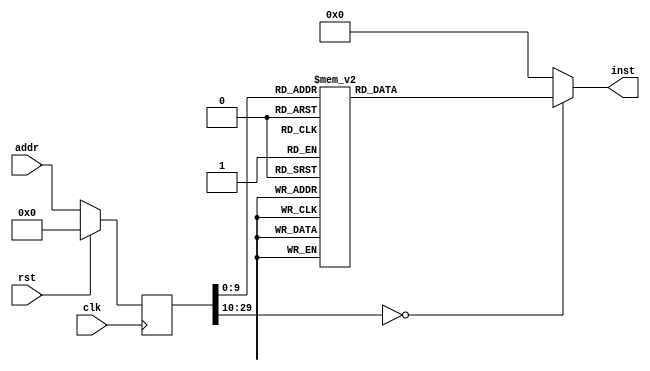
module mmult(input clk, input rst, input [29:0] addr, output reg [31:0] inst);
reg [29:0] addr_r;
always @(posedge clk)
begin
addr_r <= (rst) ? (30'b0) : (addr);
end
always @(*)
begin
case(addr_r)
30'h00000000: inst = 32'h37070110;
30'h00000001: inst = 32'hef00105b;
30'h00000002: inst = 32'h130707fd;
30'h00000003: inst = 32'h23262702;
30'h00000004: inst = 32'h13010703;
30'h00000005: inst = 32'h232e21fd;
30'h00000006: inst = 32'ha30701fe;
30'h00000007: inst = 32'h232401fe;
30'h00000008: inst = 32'h6f000008;
30'h00000009: inst = 32'h8328c1fd;
30'h0000000a: inst = 32'h032881fe;
30'h0000000b: inst = 32'h33880801;
30'h0000000c: inst = 32'h83480800;
30'h0000000d: inst = 32'h1308f002;
30'h0000000e: inst = 32'h637e1805;
30'h0000000f: inst = 32'h8328c1fd;
30'h00000010: inst = 32'h032881fe;
30'h00000011: inst = 32'h33880801;
30'h00000012: inst = 32'h83480800;
30'h00000013: inst = 32'h13089003;
30'h00000014: inst = 32'h63621805;
30'h00000015: inst = 32'h0348f1fe;
30'h00000016: inst = 32'h13183800;
30'h00000017: inst = 32'h9378f80f;
30'h00000018: inst = 32'h0348f1fe;
30'h00000019: inst = 32'h13181800;
30'h0000001a: inst = 32'h1378f80f;
30'h0000001b: inst = 32'h33880801;
30'h0000001c: inst = 32'h9378f80f;
30'h0000001d: inst = 32'h0329c1fd;
30'h0000001e: inst = 32'h032881fe;
30'h0000001f: inst = 32'h33080901;
30'h00000020: inst = 32'h03480800;
30'h00000021: inst = 32'h33880801;
30'h00000022: inst = 32'h1378f80f;
30'h00000023: inst = 32'h130808fd;
30'h00000024: inst = 32'ha30701ff;
30'h00000025: inst = 32'h032881fe;
30'h00000026: inst = 32'h13081800;
30'h00000027: inst = 32'h232401ff;
30'h00000028: inst = 32'h832881fe;
30'h00000029: inst = 32'h13082000;
30'h0000002a: inst = 32'h636c1801;
30'h0000002b: inst = 32'h8328c1fd;
30'h0000002c: inst = 32'h032881fe;
30'h0000002d: inst = 32'h33880801;
30'h0000002e: inst = 32'h03480800;
30'h0000002f: inst = 32'he31408f6;
30'h00000030: inst = 32'h0348f1fe;
30'h00000031: inst = 32'h0321c702;
30'h00000032: inst = 32'h13070703;
30'h00000033: inst = 32'h67800000;
30'h00000034: inst = 32'h130707fd;
30'h00000035: inst = 32'h23262702;
30'h00000036: inst = 32'h13010703;
30'h00000037: inst = 32'h232e21fd;
30'h00000038: inst = 32'h231701fe;
30'h00000039: inst = 32'h232401fe;
30'h0000003a: inst = 32'h6f000009;
30'h0000003b: inst = 32'h8328c1fd;
30'h0000003c: inst = 32'h032881fe;
30'h0000003d: inst = 32'h33880801;
30'h0000003e: inst = 32'h83480800;
30'h0000003f: inst = 32'h1308f002;
30'h00000040: inst = 32'h63761807;
30'h00000041: inst = 32'h8328c1fd;
30'h00000042: inst = 32'h032881fe;
30'h00000043: inst = 32'h33880801;
30'h00000044: inst = 32'h83480800;
30'h00000045: inst = 32'h13089003;
30'h00000046: inst = 32'h636a1805;
30'h00000047: inst = 32'h0358e1fe;
30'h00000048: inst = 32'h13183800;
30'h00000049: inst = 32'h93180801;
30'h0000004a: inst = 32'h93d80801;
30'h0000004b: inst = 32'h0358e1fe;
30'h0000004c: inst = 32'h13181800;
30'h0000004d: inst = 32'h13180801;
30'h0000004e: inst = 32'h13580801;
30'h0000004f: inst = 32'h33880801;
30'h00000050: inst = 32'h93180801;
30'h00000051: inst = 32'h93d80801;
30'h00000052: inst = 32'h0329c1fd;
30'h00000053: inst = 32'h032881fe;
30'h00000054: inst = 32'h33080901;
30'h00000055: inst = 32'h03480800;
30'h00000056: inst = 32'h33880801;
30'h00000057: inst = 32'h13180801;
30'h00000058: inst = 32'h13580801;
30'h00000059: inst = 32'h130808fd;
30'h0000005a: inst = 32'h231701ff;
30'h0000005b: inst = 32'h032881fe;
30'h0000005c: inst = 32'h13081800;
30'h0000005d: inst = 32'h232401ff;
30'h0000005e: inst = 32'h832881fe;
30'h0000005f: inst = 32'h13084000;
30'h00000060: inst = 32'h636c1801;
30'h00000061: inst = 32'h8328c1fd;
30'h00000062: inst = 32'h032881fe;
30'h00000063: inst = 32'h33880801;
30'h00000064: inst = 32'h03480800;
30'h00000065: inst = 32'he31c08f4;
30'h00000066: inst = 32'h0358e1fe;
30'h00000067: inst = 32'h0321c702;
30'h00000068: inst = 32'h13070703;
30'h00000069: inst = 32'h67800000;
30'h0000006a: inst = 32'h130707fd;
30'h0000006b: inst = 32'h23262702;
30'h0000006c: inst = 32'h13010703;
30'h0000006d: inst = 32'h232e21fd;
30'h0000006e: inst = 32'h232601fe;
30'h0000006f: inst = 32'h232401fe;
30'h00000070: inst = 32'h6f000007;
30'h00000071: inst = 32'h8328c1fd;
30'h00000072: inst = 32'h032881fe;
30'h00000073: inst = 32'h33880801;
30'h00000074: inst = 32'h83480800;
30'h00000075: inst = 32'h1308f002;
30'h00000076: inst = 32'h63761805;
30'h00000077: inst = 32'h8328c1fd;
30'h00000078: inst = 32'h032881fe;
30'h00000079: inst = 32'h33880801;
30'h0000007a: inst = 32'h83480800;
30'h0000007b: inst = 32'h13089003;
30'h0000007c: inst = 32'h636a1803;
30'h0000007d: inst = 32'h0328c1fe;
30'h0000007e: inst = 32'h93183800;
30'h0000007f: inst = 32'h0328c1fe;
30'h00000080: inst = 32'h13181800;
30'h00000081: inst = 32'hb3880801;
30'h00000082: inst = 32'h0329c1fd;
30'h00000083: inst = 32'h032881fe;
30'h00000084: inst = 32'h33080901;
30'h00000085: inst = 32'h03480800;
30'h00000086: inst = 32'h33880801;
30'h00000087: inst = 32'h130808fd;
30'h00000088: inst = 32'h232601ff;
30'h00000089: inst = 32'h032881fe;
30'h0000008a: inst = 32'h13081800;
30'h0000008b: inst = 32'h232401ff;
30'h0000008c: inst = 32'h832881fe;
30'h0000008d: inst = 32'h13088000;
30'h0000008e: inst = 32'h636c1801;
30'h0000008f: inst = 32'h8328c1fd;
30'h00000090: inst = 32'h032881fe;
30'h00000091: inst = 32'h33880801;
30'h00000092: inst = 32'h03480800;
30'h00000093: inst = 32'he31c08f6;
30'h00000094: inst = 32'h0328c1fe;
30'h00000095: inst = 32'h0321c702;
30'h00000096: inst = 32'h13070703;
30'h00000097: inst = 32'h67800000;
30'h00000098: inst = 32'h130707fd;
30'h00000099: inst = 32'h23262702;
30'h0000009a: inst = 32'h13010703;
30'h0000009b: inst = 32'h232e21fd;
30'h0000009c: inst = 32'ha30701fe;
30'h0000009d: inst = 32'h230701fe;
30'h0000009e: inst = 32'h6f004012;
30'h0000009f: inst = 32'h0348e1fe;
30'h000000a0: inst = 32'h8328c1fd;
30'h000000a1: inst = 32'h33880801;
30'h000000a2: inst = 32'h83480800;
30'h000000a3: inst = 32'h1308f002;
30'h000000a4: inst = 32'h63741805;
30'h000000a5: inst = 32'h0348e1fe;
30'h000000a6: inst = 32'h8328c1fd;
30'h000000a7: inst = 32'h33880801;
30'h000000a8: inst = 32'h83480800;
30'h000000a9: inst = 32'h13089003;
30'h000000aa: inst = 32'h63681803;
30'h000000ab: inst = 32'h0348f1fe;
30'h000000ac: inst = 32'h13184800;
30'h000000ad: inst = 32'h9378f80f;
30'h000000ae: inst = 32'h0348e1fe;
30'h000000af: inst = 32'h0329c1fd;
30'h000000b0: inst = 32'h33080901;
30'h000000b1: inst = 32'h03480800;
30'h000000b2: inst = 32'h33880801;
30'h000000b3: inst = 32'h1378f80f;
30'h000000b4: inst = 32'h130808fd;
30'h000000b5: inst = 32'ha30701ff;
30'h000000b6: inst = 32'h0348e1fe;
30'h000000b7: inst = 32'h8328c1fd;
30'h000000b8: inst = 32'h33880801;
30'h000000b9: inst = 32'h83480800;
30'h000000ba: inst = 32'h13080006;
30'h000000bb: inst = 32'h63741805;
30'h000000bc: inst = 32'h0348e1fe;
30'h000000bd: inst = 32'h8328c1fd;
30'h000000be: inst = 32'h33880801;
30'h000000bf: inst = 32'h83480800;
30'h000000c0: inst = 32'h13086006;
30'h000000c1: inst = 32'h63681803;
30'h000000c2: inst = 32'h0348f1fe;
30'h000000c3: inst = 32'h13184800;
30'h000000c4: inst = 32'h9378f80f;
30'h000000c5: inst = 32'h0348e1fe;
30'h000000c6: inst = 32'h0329c1fd;
30'h000000c7: inst = 32'h33080901;
30'h000000c8: inst = 32'h03480800;
30'h000000c9: inst = 32'h33880801;
30'h000000ca: inst = 32'h1378f80f;
30'h000000cb: inst = 32'h130898fa;
30'h000000cc: inst = 32'ha30701ff;
30'h000000cd: inst = 32'h0348e1fe;
30'h000000ce: inst = 32'h8328c1fd;
30'h000000cf: inst = 32'h33880801;
30'h000000d0: inst = 32'h83480800;
30'h000000d1: inst = 32'h13080004;
30'h000000d2: inst = 32'h63741805;
30'h000000d3: inst = 32'h0348e1fe;
30'h000000d4: inst = 32'h8328c1fd;
30'h000000d5: inst = 32'h33880801;
30'h000000d6: inst = 32'h83480800;
30'h000000d7: inst = 32'h13086004;
30'h000000d8: inst = 32'h63681803;
30'h000000d9: inst = 32'h0348f1fe;
30'h000000da: inst = 32'h13184800;
30'h000000db: inst = 32'h9378f80f;
30'h000000dc: inst = 32'h0348e1fe;
30'h000000dd: inst = 32'h0329c1fd;
30'h000000de: inst = 32'h33080901;
30'h000000df: inst = 32'h03480800;
30'h000000e0: inst = 32'h33880801;
30'h000000e1: inst = 32'h1378f80f;
30'h000000e2: inst = 32'h130898fc;
30'h000000e3: inst = 32'ha30701ff;
30'h000000e4: inst = 32'h0348e1fe;
30'h000000e5: inst = 32'h13081800;
30'h000000e6: inst = 32'h230701ff;
30'h000000e7: inst = 32'h8348e1fe;
30'h000000e8: inst = 32'h13081000;
30'h000000e9: inst = 32'h636c1801;
30'h000000ea: inst = 32'h0348e1fe;
30'h000000eb: inst = 32'h8328c1fd;
30'h000000ec: inst = 32'h33880801;
30'h000000ed: inst = 32'h03480800;
30'h000000ee: inst = 32'he31208ec;
30'h000000ef: inst = 32'h0348f1fe;
30'h000000f0: inst = 32'h0321c702;
30'h000000f1: inst = 32'h13070703;
30'h000000f2: inst = 32'h67800000;
30'h000000f3: inst = 32'h130707fd;
30'h000000f4: inst = 32'h23262702;
30'h000000f5: inst = 32'h13010703;
30'h000000f6: inst = 32'h232e21fd;
30'h000000f7: inst = 32'h231701fe;
30'h000000f8: inst = 32'h231601fe;
30'h000000f9: inst = 32'h6f00c013;
30'h000000fa: inst = 32'h0358c1fe;
30'h000000fb: inst = 32'h8328c1fd;
30'h000000fc: inst = 32'h33880801;
30'h000000fd: inst = 32'h83480800;
30'h000000fe: inst = 32'h1308f002;
30'h000000ff: inst = 32'h63781805;
30'h00000100: inst = 32'h0358c1fe;
30'h00000101: inst = 32'h8328c1fd;
30'h00000102: inst = 32'h33880801;
30'h00000103: inst = 32'h83480800;
30'h00000104: inst = 32'h13089003;
30'h00000105: inst = 32'h636c1803;
30'h00000106: inst = 32'h0358e1fe;
30'h00000107: inst = 32'h13184800;
30'h00000108: inst = 32'h93180801;
30'h00000109: inst = 32'h93d80801;
30'h0000010a: inst = 32'h0358c1fe;
30'h0000010b: inst = 32'h0329c1fd;
30'h0000010c: inst = 32'h33080901;
30'h0000010d: inst = 32'h03480800;
30'h0000010e: inst = 32'h33880801;
30'h0000010f: inst = 32'h13180801;
30'h00000110: inst = 32'h13580801;
30'h00000111: inst = 32'h130808fd;
30'h00000112: inst = 32'h231701ff;
30'h00000113: inst = 32'h0358c1fe;
30'h00000114: inst = 32'h8328c1fd;
30'h00000115: inst = 32'h33880801;
30'h00000116: inst = 32'h83480800;
30'h00000117: inst = 32'h13080006;
30'h00000118: inst = 32'h63781805;
30'h00000119: inst = 32'h0358c1fe;
30'h0000011a: inst = 32'h8328c1fd;
30'h0000011b: inst = 32'h33880801;
30'h0000011c: inst = 32'h83480800;
30'h0000011d: inst = 32'h13086006;
30'h0000011e: inst = 32'h636c1803;
30'h0000011f: inst = 32'h0358e1fe;
30'h00000120: inst = 32'h13184800;
30'h00000121: inst = 32'h93180801;
30'h00000122: inst = 32'h93d80801;
30'h00000123: inst = 32'h0358c1fe;
30'h00000124: inst = 32'h0329c1fd;
30'h00000125: inst = 32'h33080901;
30'h00000126: inst = 32'h03480800;
30'h00000127: inst = 32'h33880801;
30'h00000128: inst = 32'h13180801;
30'h00000129: inst = 32'h13580801;
30'h0000012a: inst = 32'h130898fa;
30'h0000012b: inst = 32'h231701ff;
30'h0000012c: inst = 32'h0358c1fe;
30'h0000012d: inst = 32'h8328c1fd;
30'h0000012e: inst = 32'h33880801;
30'h0000012f: inst = 32'h83480800;
30'h00000130: inst = 32'h13080004;
30'h00000131: inst = 32'h63781805;
30'h00000132: inst = 32'h0358c1fe;
30'h00000133: inst = 32'h8328c1fd;
30'h00000134: inst = 32'h33880801;
30'h00000135: inst = 32'h83480800;
30'h00000136: inst = 32'h13086004;
30'h00000137: inst = 32'h636c1803;
30'h00000138: inst = 32'h0358e1fe;
30'h00000139: inst = 32'h13184800;
30'h0000013a: inst = 32'h93180801;
30'h0000013b: inst = 32'h93d80801;
30'h0000013c: inst = 32'h0358c1fe;
30'h0000013d: inst = 32'h0329c1fd;
30'h0000013e: inst = 32'h33080901;
30'h0000013f: inst = 32'h03480800;
30'h00000140: inst = 32'h33880801;
30'h00000141: inst = 32'h13180801;
30'h00000142: inst = 32'h13580801;
30'h00000143: inst = 32'h130898fc;
30'h00000144: inst = 32'h231701ff;
30'h00000145: inst = 32'h0358c1fe;
30'h00000146: inst = 32'h13081800;
30'h00000147: inst = 32'h231601ff;
30'h00000148: inst = 32'h8358c1fe;
30'h00000149: inst = 32'h13083000;
30'h0000014a: inst = 32'h636c1801;
30'h0000014b: inst = 32'h0358c1fe;
30'h0000014c: inst = 32'h8328c1fd;
30'h0000014d: inst = 32'h33880801;
30'h0000014e: inst = 32'h03480800;
30'h0000014f: inst = 32'he31608ea;
30'h00000150: inst = 32'h0358e1fe;
30'h00000151: inst = 32'h0321c702;
30'h00000152: inst = 32'h13070703;
30'h00000153: inst = 32'h67800000;
30'h00000154: inst = 32'h130707fd;
30'h00000155: inst = 32'h23262702;
30'h00000156: inst = 32'h13010703;
30'h00000157: inst = 32'h232e21fd;
30'h00000158: inst = 32'h232601fe;
30'h00000159: inst = 32'h232401fe;
30'h0000015a: inst = 32'h6f00c010;
30'h0000015b: inst = 32'h8328c1fd;
30'h0000015c: inst = 32'h032881fe;
30'h0000015d: inst = 32'h33880801;
30'h0000015e: inst = 32'h83480800;
30'h0000015f: inst = 32'h1308f002;
30'h00000160: inst = 32'h63701805;
30'h00000161: inst = 32'h8328c1fd;
30'h00000162: inst = 32'h032881fe;
30'h00000163: inst = 32'h33880801;
30'h00000164: inst = 32'h83480800;
30'h00000165: inst = 32'h13089003;
30'h00000166: inst = 32'h63641803;
30'h00000167: inst = 32'h0328c1fe;
30'h00000168: inst = 32'h93184800;
30'h00000169: inst = 32'h0329c1fd;
30'h0000016a: inst = 32'h032881fe;
30'h0000016b: inst = 32'h33080901;
30'h0000016c: inst = 32'h03480800;
30'h0000016d: inst = 32'h33880801;
30'h0000016e: inst = 32'h130808fd;
30'h0000016f: inst = 32'h232601ff;
30'h00000170: inst = 32'h8328c1fd;
30'h00000171: inst = 32'h032881fe;
30'h00000172: inst = 32'h33880801;
30'h00000173: inst = 32'h83480800;
30'h00000174: inst = 32'h13080006;
30'h00000175: inst = 32'h63701805;
30'h00000176: inst = 32'h8328c1fd;
30'h00000177: inst = 32'h032881fe;
30'h00000178: inst = 32'h33880801;
30'h00000179: inst = 32'h83480800;
30'h0000017a: inst = 32'h13086006;
30'h0000017b: inst = 32'h63641803;
30'h0000017c: inst = 32'h0328c1fe;
30'h0000017d: inst = 32'h93184800;
30'h0000017e: inst = 32'h0329c1fd;
30'h0000017f: inst = 32'h032881fe;
30'h00000180: inst = 32'h33080901;
30'h00000181: inst = 32'h03480800;
30'h00000182: inst = 32'h33880801;
30'h00000183: inst = 32'h130898fa;
30'h00000184: inst = 32'h232601ff;
30'h00000185: inst = 32'h8328c1fd;
30'h00000186: inst = 32'h032881fe;
30'h00000187: inst = 32'h33880801;
30'h00000188: inst = 32'h83480800;
30'h00000189: inst = 32'h13080004;
30'h0000018a: inst = 32'h63701805;
30'h0000018b: inst = 32'h8328c1fd;
30'h0000018c: inst = 32'h032881fe;
30'h0000018d: inst = 32'h33880801;
30'h0000018e: inst = 32'h83480800;
30'h0000018f: inst = 32'h13086004;
30'h00000190: inst = 32'h63641803;
30'h00000191: inst = 32'h0328c1fe;
30'h00000192: inst = 32'h93184800;
30'h00000193: inst = 32'h0329c1fd;
30'h00000194: inst = 32'h032881fe;
30'h00000195: inst = 32'h33080901;
30'h00000196: inst = 32'h03480800;
30'h00000197: inst = 32'h33880801;
30'h00000198: inst = 32'h130898fc;
30'h00000199: inst = 32'h232601ff;
30'h0000019a: inst = 32'h032881fe;
30'h0000019b: inst = 32'h13081800;
30'h0000019c: inst = 32'h232401ff;
30'h0000019d: inst = 32'h832881fe;
30'h0000019e: inst = 32'h13087000;
30'h0000019f: inst = 32'h636c1801;
30'h000001a0: inst = 32'h8328c1fd;
30'h000001a1: inst = 32'h032881fe;
30'h000001a2: inst = 32'h33880801;
30'h000001a3: inst = 32'h03480800;
30'h000001a4: inst = 32'he31e08ec;
30'h000001a5: inst = 32'h0328c1fe;
30'h000001a6: inst = 32'h0321c702;
30'h000001a7: inst = 32'h13070703;
30'h000001a8: inst = 32'h67800000;
30'h000001a9: inst = 32'h130707fd;
30'h000001aa: inst = 32'h23262702;
30'h000001ab: inst = 32'h13010703;
30'h000001ac: inst = 32'h13080900;
30'h000001ad: inst = 32'h232c31fd;
30'h000001ae: inst = 32'h232a41fd;
30'h000001af: inst = 32'ha30f01fd;
30'h000001b0: inst = 32'h232601fe;
30'h000001b1: inst = 32'h13082000;
30'h000001b2: inst = 32'h232401ff;
30'h000001b3: inst = 32'h6f004009;
30'h000001b4: inst = 32'h8348f1fd;
30'h000001b5: inst = 32'h032981fe;
30'h000001b6: inst = 32'h0328c1fe;
30'h000001b7: inst = 32'h33080941;
30'h000001b8: inst = 32'h1308f8ff;
30'h000001b9: inst = 32'h13182800;
30'h000001ba: inst = 32'h33d80841;
30'h000001bb: inst = 32'h1378f80f;
30'h000001bc: inst = 32'h1378f800;
30'h000001bd: inst = 32'ha30301ff;
30'h000001be: inst = 32'h834871fe;
30'h000001bf: inst = 32'h13089000;
30'h000001c0: inst = 32'h63601803;
30'h000001c1: inst = 32'h832881fd;
30'h000001c2: inst = 32'h0328c1fe;
30'h000001c3: inst = 32'h33880801;
30'h000001c4: inst = 32'h834871fe;
30'h000001c5: inst = 32'h93880803;
30'h000001c6: inst = 32'h93f8f80f;
30'h000001c7: inst = 32'h23001801;
30'h000001c8: inst = 32'h834871fe;
30'h000001c9: inst = 32'h13089000;
30'h000001ca: inst = 32'h63761803;
30'h000001cb: inst = 32'h834871fe;
30'h000001cc: inst = 32'h1308f000;
30'h000001cd: inst = 32'h63601803;
30'h000001ce: inst = 32'h832881fd;
30'h000001cf: inst = 32'h0328c1fe;
30'h000001d0: inst = 32'h33880801;
30'h000001d1: inst = 32'h834871fe;
30'h000001d2: inst = 32'h93887805;
30'h000001d3: inst = 32'h93f8f80f;
30'h000001d4: inst = 32'h23001801;
30'h000001d5: inst = 32'h0328c1fe;
30'h000001d6: inst = 32'h13081800;
30'h000001d7: inst = 32'h232601ff;
30'h000001d8: inst = 32'h8328c1fe;
30'h000001d9: inst = 32'h032881fe;
30'h000001da: inst = 32'h63fa0801;
30'h000001db: inst = 32'h0328c1fe;
30'h000001dc: inst = 32'h93081800;
30'h000001dd: inst = 32'h032841fd;
30'h000001de: inst = 32'he3ec08f5;
30'h000001df: inst = 32'h832881fd;
30'h000001e0: inst = 32'h0328c1fe;
30'h000001e1: inst = 32'h33880801;
30'h000001e2: inst = 32'h23000800;
30'h000001e3: inst = 32'h032881fd;
30'h000001e4: inst = 32'h0321c702;
30'h000001e5: inst = 32'h13070703;
30'h000001e6: inst = 32'h67800000;
30'h000001e7: inst = 32'h130707fd;
30'h000001e8: inst = 32'h23262702;
30'h000001e9: inst = 32'h13010703;
30'h000001ea: inst = 32'h13080900;
30'h000001eb: inst = 32'h232c31fd;
30'h000001ec: inst = 32'h232a41fd;
30'h000001ed: inst = 32'h231f01fd;
30'h000001ee: inst = 32'h232601fe;
30'h000001ef: inst = 32'h13084000;
30'h000001f0: inst = 32'h232401ff;
30'h000001f1: inst = 32'h6f004009;
30'h000001f2: inst = 32'h8358e1fd;
30'h000001f3: inst = 32'h032981fe;
30'h000001f4: inst = 32'h0328c1fe;
30'h000001f5: inst = 32'h33080941;
30'h000001f6: inst = 32'h1308f8ff;
30'h000001f7: inst = 32'h13182800;
30'h000001f8: inst = 32'h33d80841;
30'h000001f9: inst = 32'h1378f80f;
30'h000001fa: inst = 32'h1378f800;
30'h000001fb: inst = 32'ha30301ff;
30'h000001fc: inst = 32'h834871fe;
30'h000001fd: inst = 32'h13089000;
30'h000001fe: inst = 32'h63601803;
30'h000001ff: inst = 32'h832881fd;
30'h00000200: inst = 32'h0328c1fe;
30'h00000201: inst = 32'h33880801;
30'h00000202: inst = 32'h834871fe;
30'h00000203: inst = 32'h93880803;
30'h00000204: inst = 32'h93f8f80f;
30'h00000205: inst = 32'h23001801;
30'h00000206: inst = 32'h834871fe;
30'h00000207: inst = 32'h13089000;
30'h00000208: inst = 32'h63761803;
30'h00000209: inst = 32'h834871fe;
30'h0000020a: inst = 32'h1308f000;
30'h0000020b: inst = 32'h63601803;
30'h0000020c: inst = 32'h832881fd;
30'h0000020d: inst = 32'h0328c1fe;
30'h0000020e: inst = 32'h33880801;
30'h0000020f: inst = 32'h834871fe;
30'h00000210: inst = 32'h93887805;
30'h00000211: inst = 32'h93f8f80f;
30'h00000212: inst = 32'h23001801;
30'h00000213: inst = 32'h0328c1fe;
30'h00000214: inst = 32'h13081800;
30'h00000215: inst = 32'h232601ff;
30'h00000216: inst = 32'h8328c1fe;
30'h00000217: inst = 32'h032881fe;
30'h00000218: inst = 32'h63fa0801;
30'h00000219: inst = 32'h0328c1fe;
30'h0000021a: inst = 32'h93081800;
30'h0000021b: inst = 32'h032841fd;
30'h0000021c: inst = 32'he3ec08f5;
30'h0000021d: inst = 32'h832881fd;
30'h0000021e: inst = 32'h0328c1fe;
30'h0000021f: inst = 32'h33880801;
30'h00000220: inst = 32'h23000800;
30'h00000221: inst = 32'h032881fd;
30'h00000222: inst = 32'h0321c702;
30'h00000223: inst = 32'h13070703;
30'h00000224: inst = 32'h67800000;
30'h00000225: inst = 32'h130707fd;
30'h00000226: inst = 32'h23262702;
30'h00000227: inst = 32'h13010703;
30'h00000228: inst = 32'h232e21fd;
30'h00000229: inst = 32'h232c31fd;
30'h0000022a: inst = 32'h232a41fd;
30'h0000022b: inst = 32'h232601fe;
30'h0000022c: inst = 32'h13088000;
30'h0000022d: inst = 32'h232401ff;
30'h0000022e: inst = 32'h6f004009;
30'h0000022f: inst = 32'h832881fe;
30'h00000230: inst = 32'h0328c1fe;
30'h00000231: inst = 32'h33880841;
30'h00000232: inst = 32'h1308f8ff;
30'h00000233: inst = 32'h13182800;
30'h00000234: inst = 32'h8328c1fd;
30'h00000235: inst = 32'h33d80801;
30'h00000236: inst = 32'h1378f80f;
30'h00000237: inst = 32'h1378f800;
30'h00000238: inst = 32'ha30301ff;
30'h00000239: inst = 32'h834871fe;
30'h0000023a: inst = 32'h13089000;
30'h0000023b: inst = 32'h63601803;
30'h0000023c: inst = 32'h832881fd;
30'h0000023d: inst = 32'h0328c1fe;
30'h0000023e: inst = 32'h33880801;
30'h0000023f: inst = 32'h834871fe;
30'h00000240: inst = 32'h93880803;
30'h00000241: inst = 32'h93f8f80f;
30'h00000242: inst = 32'h23001801;
30'h00000243: inst = 32'h834871fe;
30'h00000244: inst = 32'h13089000;
30'h00000245: inst = 32'h63761803;
30'h00000246: inst = 32'h834871fe;
30'h00000247: inst = 32'h1308f000;
30'h00000248: inst = 32'h63601803;
30'h00000249: inst = 32'h832881fd;
30'h0000024a: inst = 32'h0328c1fe;
30'h0000024b: inst = 32'h33880801;
30'h0000024c: inst = 32'h834871fe;
30'h0000024d: inst = 32'h93887805;
30'h0000024e: inst = 32'h93f8f80f;
30'h0000024f: inst = 32'h23001801;
30'h00000250: inst = 32'h0328c1fe;
30'h00000251: inst = 32'h13081800;
30'h00000252: inst = 32'h232601ff;
30'h00000253: inst = 32'h8328c1fe;
30'h00000254: inst = 32'h032881fe;
30'h00000255: inst = 32'h63fa0801;
30'h00000256: inst = 32'h0328c1fe;
30'h00000257: inst = 32'h93081800;
30'h00000258: inst = 32'h032841fd;
30'h00000259: inst = 32'he3ec08f5;
30'h0000025a: inst = 32'h832881fd;
30'h0000025b: inst = 32'h0328c1fe;
30'h0000025c: inst = 32'h33880801;
30'h0000025d: inst = 32'h23000800;
30'h0000025e: inst = 32'h032881fd;
30'h0000025f: inst = 32'h0321c702;
30'h00000260: inst = 32'h13070703;
30'h00000261: inst = 32'h67800000;
30'h00000262: inst = 32'h130707f5;
30'h00000263: inst = 32'h2326170a;
30'h00000264: inst = 32'h2324270a;
30'h00000265: inst = 32'h1301070b;
30'h00000266: inst = 32'h232e21f5;
30'h00000267: inst = 32'h37080080;
30'h00000268: inst = 32'h13088801;
30'h00000269: inst = 32'h23200800;
30'h0000026a: inst = 32'h0328c1f5;
30'h0000026b: inst = 32'he7000800;
30'h0000026c: inst = 32'h232601ff;
30'h0000026d: inst = 32'h37080080;
30'h0000026e: inst = 32'h13080801;
30'h0000026f: inst = 32'h03280800;
30'h00000270: inst = 32'h232401ff;
30'h00000271: inst = 32'h37080080;
30'h00000272: inst = 32'h13084801;
30'h00000273: inst = 32'h03280800;
30'h00000274: inst = 32'h232201ff;
30'h00000275: inst = 32'h37180010;
30'h00000276: inst = 32'h13098842;
30'h00000277: inst = 32'hef008047;
30'h00000278: inst = 32'h130841f6;
30'h00000279: inst = 32'h0329c1fe;
30'h0000027a: inst = 32'h93090800;
30'h0000027b: inst = 32'h130a0008;
30'h0000027c: inst = 32'heff05fea;
30'h0000027d: inst = 32'h13090800;
30'h0000027e: inst = 32'hef00c045;
30'h0000027f: inst = 32'h37180010;
30'h00000280: inst = 32'h13094843;
30'h00000281: inst = 32'hef000045;
30'h00000282: inst = 32'h130841f6;
30'h00000283: inst = 32'h032981fe;
30'h00000284: inst = 32'h93090800;
30'h00000285: inst = 32'h130a0008;
30'h00000286: inst = 32'heff0dfe7;
30'h00000287: inst = 32'h13090800;
30'h00000288: inst = 32'hef004043;
30'h00000289: inst = 32'h37180010;
30'h0000028a: inst = 32'h13094844;
30'h0000028b: inst = 32'hef008042;
30'h0000028c: inst = 32'h130841f6;
30'h0000028d: inst = 32'h032941fe;
30'h0000028e: inst = 32'h93090800;
30'h0000028f: inst = 32'h130a0008;
30'h00000290: inst = 32'heff05fe5;
30'h00000291: inst = 32'h13090800;
30'h00000292: inst = 32'hef00c040;
30'h00000293: inst = 32'h37180010;
30'h00000294: inst = 32'h1309c845;
30'h00000295: inst = 32'hef000040;
30'h00000296: inst = 32'h8320c70a;
30'h00000297: inst = 32'h0321870a;
30'h00000298: inst = 32'h1307070b;
30'h00000299: inst = 32'h67800000;
30'h0000029a: inst = 32'h130707fd;
30'h0000029b: inst = 32'h23262702;
30'h0000029c: inst = 32'h13010703;
30'h0000029d: inst = 32'h232e21fd;
30'h0000029e: inst = 32'h232c31fd;
30'h0000029f: inst = 32'h0328c1fd;
30'h000002a0: inst = 32'h1358f801;
30'h000002a1: inst = 32'h232401ff;
30'h000002a2: inst = 32'h032881fd;
30'h000002a3: inst = 32'h1358f801;
30'h000002a4: inst = 32'h232201ff;
30'h000002a5: inst = 32'h232601fe;
30'h000002a6: inst = 32'h032881fe;
30'h000002a7: inst = 32'h63080800;
30'h000002a8: inst = 32'h0328c1fd;
30'h000002a9: inst = 32'h33080041;
30'h000002aa: inst = 32'h232e01fd;
30'h000002ab: inst = 32'h032841fe;
30'h000002ac: inst = 32'h63060804;
30'h000002ad: inst = 32'h032881fd;
30'h000002ae: inst = 32'h33080041;
30'h000002af: inst = 32'h232c01fd;
30'h000002b0: inst = 32'h6f00c003;
30'h000002b1: inst = 32'h032881fd;
30'h000002b2: inst = 32'h13781800;
30'h000002b3: inst = 32'h1378f80f;
30'h000002b4: inst = 32'h630a0800;
30'h000002b5: inst = 32'h8328c1fe;
30'h000002b6: inst = 32'h0328c1fd;
30'h000002b7: inst = 32'h33880801;
30'h000002b8: inst = 32'h232601ff;
30'h000002b9: inst = 32'h0328c1fd;
30'h000002ba: inst = 32'h13181800;
30'h000002bb: inst = 32'h232e01fd;
30'h000002bc: inst = 32'h032881fd;
30'h000002bd: inst = 32'h13581840;
30'h000002be: inst = 32'h232c01fd;
30'h000002bf: inst = 32'h032881fd;
30'h000002c0: inst = 32'he31208fc;
30'h000002c1: inst = 32'h032881fe;
30'h000002c2: inst = 32'h63060800;
30'h000002c3: inst = 32'h032841fe;
30'h000002c4: inst = 32'h630a0800;
30'h000002c5: inst = 32'h032881fe;
30'h000002c6: inst = 32'h631c0800;
30'h000002c7: inst = 32'h032841fe;
30'h000002c8: inst = 32'h63080800;
30'h000002c9: inst = 32'h0328c1fe;
30'h000002ca: inst = 32'h33080041;
30'h000002cb: inst = 32'h232601ff;
30'h000002cc: inst = 32'h0328c1fe;
30'h000002cd: inst = 32'h0321c702;
30'h000002ce: inst = 32'h13070703;
30'h000002cf: inst = 32'h67800000;
30'h000002d0: inst = 32'h130707fb;
30'h000002d1: inst = 32'h23261704;
30'h000002d2: inst = 32'h23242704;
30'h000002d3: inst = 32'h23223704;
30'h000002d4: inst = 32'h13010705;
30'h000002d5: inst = 32'h232601fe;
30'h000002d6: inst = 32'h13080004;
30'h000002d7: inst = 32'h232e01fd;
30'h000002d8: inst = 32'h37180000;
30'h000002d9: inst = 32'h232c01fd;
30'h000002da: inst = 32'h37880110;
30'h000002db: inst = 32'h232a01fd;
30'h000002dc: inst = 32'h032881fd;
30'h000002dd: inst = 32'h93182800;
30'h000002de: inst = 32'h37880110;
30'h000002df: inst = 32'h33880801;
30'h000002e0: inst = 32'h232801fd;
30'h000002e1: inst = 32'h032881fd;
30'h000002e2: inst = 32'h93183800;
30'h000002e3: inst = 32'h37880110;
30'h000002e4: inst = 32'h33880801;
30'h000002e5: inst = 32'h232601fd;
30'h000002e6: inst = 32'h232401fe;
30'h000002e7: inst = 32'h6f000011;
30'h000002e8: inst = 32'h232201fe;
30'h000002e9: inst = 32'h6f00000f;
30'h000002ea: inst = 32'h032881fe;
30'h000002eb: inst = 32'h13186800;
30'h000002ec: inst = 32'h93080800;
30'h000002ed: inst = 32'h032841fe;
30'h000002ee: inst = 32'h33880801;
30'h000002ef: inst = 32'h13182800;
30'h000002f0: inst = 32'h8328c1fc;
30'h000002f1: inst = 32'h33880801;
30'h000002f2: inst = 32'h232401fd;
30'h000002f3: inst = 32'h032881fc;
30'h000002f4: inst = 32'h23200800;
30'h000002f5: inst = 32'h232001fe;
30'h000002f6: inst = 32'h6f000009;
30'h000002f7: inst = 32'h032881fe;
30'h000002f8: inst = 32'h13186800;
30'h000002f9: inst = 32'h93080800;
30'h000002fa: inst = 32'h032801fe;
30'h000002fb: inst = 32'h33880801;
30'h000002fc: inst = 32'h13182800;
30'h000002fd: inst = 32'h832841fd;
30'h000002fe: inst = 32'h33880801;
30'h000002ff: inst = 32'h03280800;
30'h00000300: inst = 32'h232201fd;
30'h00000301: inst = 32'h032801fe;
30'h00000302: inst = 32'h13186800;
30'h00000303: inst = 32'h93080800;
30'h00000304: inst = 32'h032841fe;
30'h00000305: inst = 32'h33880801;
30'h00000306: inst = 32'h13182800;
30'h00000307: inst = 32'h832801fd;
30'h00000308: inst = 32'h33880801;
30'h00000309: inst = 32'h03280800;
30'h0000030a: inst = 32'h232001fd;
30'h0000030b: inst = 32'h032941fc;
30'h0000030c: inst = 32'h832901fc;
30'h0000030d: inst = 32'heff05fe3;
30'h0000030e: inst = 32'h232e01fb;
30'h0000030f: inst = 32'h032881fc;
30'h00000310: inst = 32'h83210800;
30'h00000311: inst = 32'h032941fc;
30'h00000312: inst = 32'h832901fc;
30'h00000313: inst = 32'heff0dfe1;
30'h00000314: inst = 32'hb3880101;
30'h00000315: inst = 32'h032881fc;
30'h00000316: inst = 32'h23201801;
30'h00000317: inst = 32'h032801fe;
30'h00000318: inst = 32'h13081800;
30'h00000319: inst = 32'h232001ff;
30'h0000031a: inst = 32'h832801fe;
30'h0000031b: inst = 32'h0328c1fd;
30'h0000031c: inst = 32'he3c608f7;
30'h0000031d: inst = 32'h032881fc;
30'h0000031e: inst = 32'h03280800;
30'h0000031f: inst = 32'h8328c1fe;
30'h00000320: inst = 32'h33880801;
30'h00000321: inst = 32'h232601ff;
30'h00000322: inst = 32'h032841fe;
30'h00000323: inst = 32'h13081800;
30'h00000324: inst = 32'h232201ff;
30'h00000325: inst = 32'h832841fe;
30'h00000326: inst = 32'h0328c1fd;
30'h00000327: inst = 32'he3c608f1;
30'h00000328: inst = 32'h032881fe;
30'h00000329: inst = 32'h13081800;
30'h0000032a: inst = 32'h232401ff;
30'h0000032b: inst = 32'h832881fe;
30'h0000032c: inst = 32'h0328c1fd;
30'h0000032d: inst = 32'he3c608ef;
30'h0000032e: inst = 32'h0328c1fe;
30'h0000032f: inst = 32'h8320c704;
30'h00000330: inst = 32'h03218704;
30'h00000331: inst = 32'h83214704;
30'h00000332: inst = 32'h13070705;
30'h00000333: inst = 32'h67800000;
30'h00000334: inst = 32'h130707fe;
30'h00000335: inst = 32'h232e2700;
30'h00000336: inst = 32'h13010702;
30'h00000337: inst = 32'h37880110;
30'h00000338: inst = 32'h232601ff;
30'h00000339: inst = 32'h13080004;
30'h0000033a: inst = 32'h232001ff;
30'h0000033b: inst = 32'h232401fe;
30'h0000033c: inst = 32'h6f004005;
30'h0000033d: inst = 32'h232201fe;
30'h0000033e: inst = 32'h6f004003;
30'h0000033f: inst = 32'h832881fe;
30'h00000340: inst = 32'h032841fe;
30'h00000341: inst = 32'h33880841;
30'h00000342: inst = 32'h93381800;
30'h00000343: inst = 32'h0328c1fe;
30'h00000344: inst = 32'h23201801;
30'h00000345: inst = 32'h0328c1fe;
30'h00000346: inst = 32'h13084800;
30'h00000347: inst = 32'h232601ff;
30'h00000348: inst = 32'h032841fe;
30'h00000349: inst = 32'h13081800;
30'h0000034a: inst = 32'h232201ff;
30'h0000034b: inst = 32'h832841fe;
30'h0000034c: inst = 32'h032801fe;
30'h0000034d: inst = 32'he3c408fd;
30'h0000034e: inst = 32'h032881fe;
30'h0000034f: inst = 32'h13081800;
30'h00000350: inst = 32'h232401ff;
30'h00000351: inst = 32'h832881fe;
30'h00000352: inst = 32'h032801fe;
30'h00000353: inst = 32'he3c408fb;
30'h00000354: inst = 32'h232401fe;
30'h00000355: inst = 32'h6f008004;
30'h00000356: inst = 32'h232201fe;
30'h00000357: inst = 32'h6f008002;
30'h00000358: inst = 32'h0328c1fe;
30'h00000359: inst = 32'h832841fe;
30'h0000035a: inst = 32'h23201801;
30'h0000035b: inst = 32'h0328c1fe;
30'h0000035c: inst = 32'h13084800;
30'h0000035d: inst = 32'h232601ff;
30'h0000035e: inst = 32'h032841fe;
30'h0000035f: inst = 32'h13081800;
30'h00000360: inst = 32'h232201ff;
30'h00000361: inst = 32'h832841fe;
30'h00000362: inst = 32'h032801fe;
30'h00000363: inst = 32'he3ca08fd;
30'h00000364: inst = 32'h032881fe;
30'h00000365: inst = 32'h13081800;
30'h00000366: inst = 32'h232401ff;
30'h00000367: inst = 32'h832881fe;
30'h00000368: inst = 32'h032801fe;
30'h00000369: inst = 32'he3ca08fb;
30'h0000036a: inst = 32'h0321c701;
30'h0000036b: inst = 32'h13070702;
30'h0000036c: inst = 32'h67800000;
30'h0000036d: inst = 32'h130707fd;
30'h0000036e: inst = 32'h23261702;
30'h0000036f: inst = 32'h23242702;
30'h00000370: inst = 32'h13010703;
30'h00000371: inst = 32'h232e21fd;
30'h00000372: inst = 32'h232c31fd;
30'h00000373: inst = 32'heff05ff0;
30'h00000374: inst = 32'h37180010;
30'h00000375: inst = 32'h13090804;
30'h00000376: inst = 32'heff01fbb;
30'h00000377: inst = 32'h37180010;
30'h00000378: inst = 32'h13090846;
30'h00000379: inst = 32'heff0cff6;
30'h0000037a: inst = 32'h232601ff;
30'h0000037b: inst = 32'h0328c1fe;
30'h0000037c: inst = 32'h232401ff;
30'h0000037d: inst = 32'h032881fe;
30'h0000037e: inst = 32'he7000800;
30'h0000037f: inst = 32'h13080000;
30'h00000380: inst = 32'h8320c702;
30'h00000381: inst = 32'h03218702;
30'h00000382: inst = 32'h13070703;
30'h00000383: inst = 32'h67800000;
30'h00000384: inst = 32'h130707fe;
30'h00000385: inst = 32'h232e2700;
30'h00000386: inst = 32'h13010702;
30'h00000387: inst = 32'h13080900;
30'h00000388: inst = 32'ha30701ff;
30'h00000389: inst = 32'h13000000;
30'h0000038a: inst = 32'h37080080;
30'h0000038b: inst = 32'h03280800;
30'h0000038c: inst = 32'h13781800;
30'h0000038d: inst = 32'he30a08fe;
30'h0000038e: inst = 32'h37080080;
30'h0000038f: inst = 32'h13088800;
30'h00000390: inst = 32'h8348f1fe;
30'h00000391: inst = 32'h23201801;
30'h00000392: inst = 32'h0321c701;
30'h00000393: inst = 32'h13070702;
30'h00000394: inst = 32'h67800000;
30'h00000395: inst = 32'h130707fd;
30'h00000396: inst = 32'h23261702;
30'h00000397: inst = 32'h23242702;
30'h00000398: inst = 32'h13010703;
30'h00000399: inst = 32'h232e21fd;
30'h0000039a: inst = 32'h232601fe;
30'h0000039b: inst = 32'h6f008002;
30'h0000039c: inst = 32'h0328c1fe;
30'h0000039d: inst = 32'h8328c1fd;
30'h0000039e: inst = 32'h33880801;
30'h0000039f: inst = 32'h03480800;
30'h000003a0: inst = 32'h13090800;
30'h000003a1: inst = 32'heff0dff8;
30'h000003a2: inst = 32'h0328c1fe;
30'h000003a3: inst = 32'h13081800;
30'h000003a4: inst = 32'h232601ff;
30'h000003a5: inst = 32'h0328c1fe;
30'h000003a6: inst = 32'h8328c1fd;
30'h000003a7: inst = 32'h33880801;
30'h000003a8: inst = 32'h03480800;
30'h000003a9: inst = 32'he31608fc;
30'h000003aa: inst = 32'h8320c702;
30'h000003ab: inst = 32'h03218702;
30'h000003ac: inst = 32'h13070703;
30'h000003ad: inst = 32'h67800000;
30'h000003ae: inst = 32'h130707fe;
30'h000003af: inst = 32'h232e1700;
30'h000003b0: inst = 32'h232c2700;
30'h000003b1: inst = 32'h13010702;
30'h000003b2: inst = 32'h13000000;
30'h000003b3: inst = 32'h37080080;
30'h000003b4: inst = 32'h03280800;
30'h000003b5: inst = 32'h13782800;
30'h000003b6: inst = 32'he30a08fe;
30'h000003b7: inst = 32'h37080080;
30'h000003b8: inst = 32'h13084800;
30'h000003b9: inst = 32'h03280800;
30'h000003ba: inst = 32'ha30701ff;
30'h000003bb: inst = 32'h0348f1fe;
30'h000003bc: inst = 32'h130838ff;
30'h000003bd: inst = 32'h631a0800;
30'h000003be: inst = 32'h37180010;
30'h000003bf: inst = 32'h1309c846;
30'h000003c0: inst = 32'heff05ff5;
30'h000003c1: inst = 32'h6f000001;
30'h000003c2: inst = 32'h0348f1fe;
30'h000003c3: inst = 32'h13090800;
30'h000003c4: inst = 32'heff01ff0;
30'h000003c5: inst = 32'h0348f1fe;
30'h000003c6: inst = 32'h8320c701;
30'h000003c7: inst = 32'h03218701;
30'h000003c8: inst = 32'h13070702;
30'h000003c9: inst = 32'h67800000;
30'h000003ca: inst = 32'h52657375;
30'h000003cb: inst = 32'h6c743a20;
30'h000003cc: inst = 32'h00000000;
30'h000003cd: inst = 32'h0d0a4379;
30'h000003ce: inst = 32'h636c6520;
30'h000003cf: inst = 32'h436f756e;
30'h000003d0: inst = 32'h743a2000;
30'h000003d1: inst = 32'h0d0a496e;
30'h000003d2: inst = 32'h73747275;
30'h000003d3: inst = 32'h6374696f;
30'h000003d4: inst = 32'h6e20436f;
30'h000003d5: inst = 32'h756e743a;
30'h000003d6: inst = 32'h20000000;
30'h000003d7: inst = 32'h0d0a0000;
30'h000003d8: inst = 32'h34303030;
30'h000003d9: inst = 32'h30303030;
30'h000003da: inst = 32'h00000000;
30'h000003db: inst = 32'h0d0a0000;
default:      inst = 32'h00000000;
endcase
end
endmodule